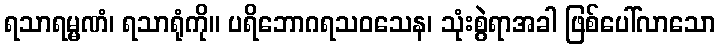
ရသာရမ္မဏံ၊ ရသာရုံကို။ ပရိဘောဂရသဝသေန၊ သုံးစွဲရာအခါ ဖြစ်ပေါ်လာသော